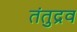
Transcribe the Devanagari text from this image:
तंतुद्रव